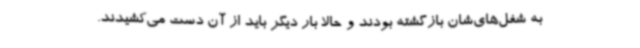
به شغل‌های‌شان بازگشته بودند و حالا بار دیگر باید از آن دست می‌کشیدند.